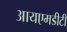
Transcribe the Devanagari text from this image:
आयएमडीटी